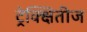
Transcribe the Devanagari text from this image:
ट्रेक्क्षितीज